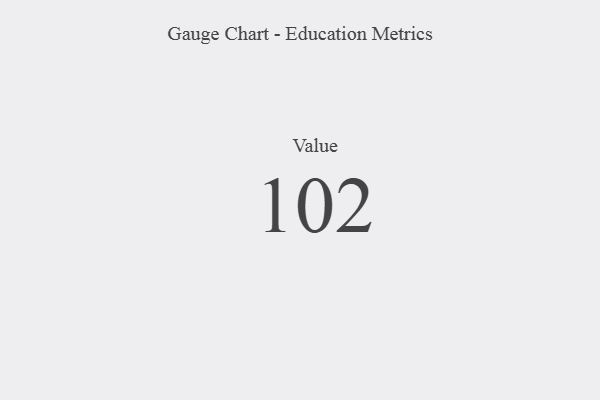
{"axis": {"x": "Metric", "y": "Value"}, "legend": [""], "data": [{"x": "Value", "y": 102, "type": ""}]}